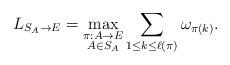
LaTeX: \begin{align*}L_{S_A\to E}=\max_{\begin{subarray}{c}\pi:A\to E\\A\in S_A\end{subarray}} \sum_{1\leq k\leq \ell(\pi)} \omega_{\pi(k)}.\end{align*}